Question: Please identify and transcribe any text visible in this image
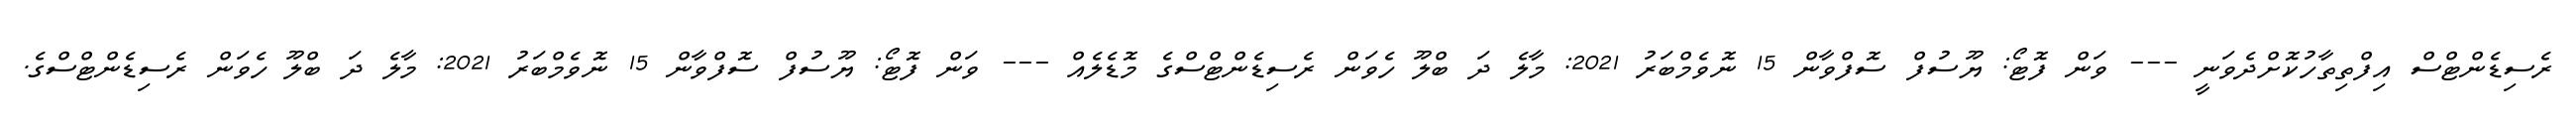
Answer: ރެސިޑެންޓްސް އިފްތިތާހުކޮށްދެވަނީ --- ވަން ފޮޓޯ: ޔޫސުފް ސޮފްވާން 15 ނޮވެމްބަރު 2021: މާލެ ދަ ބްލޫ ހެވަން ރެސިޑެންޓްސްގެ މޮޑެލެއް --- ވަން ފޮޓޯ: ޔޫސުފް ސޮފްވާން 15 ނޮވެމްބަރު 2021: މާލެ ދަ ބްލޫ ހެވަން ރެސިޑެންޓްސްގެ.